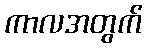
ကာလအတွက်